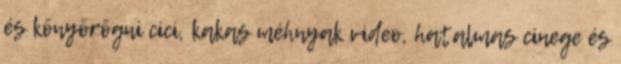
és könyörögni cici, kakas méhnyak video, hatalmas cinege és